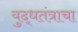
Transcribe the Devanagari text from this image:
युद्धतंत्राचा